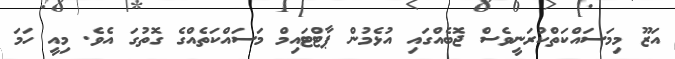
އަޒޫ މިމަސައްކަތްކުރަނީވެސް ޖޮބެއްގައި އުޅެމުން ޕާޓްޓައިމް މަސައްކަތެއްގެ ގޮތުގަ އެވެ. މިއީ ހަމަ